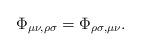
LaTeX: \begin{align*} \Phi_{\mu\nu,\rho\sigma}=\Phi_{\rho\sigma,\mu\nu}.\end{align*}